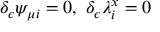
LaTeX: \delta _ { \epsilon } \psi _ { \mu i } = 0 , \ \delta _ { \epsilon } \lambda _ { i } ^ { x } = 0